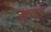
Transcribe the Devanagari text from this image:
लुक्ड